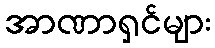
အာဏာရှင်များ